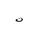
Letter: _ta